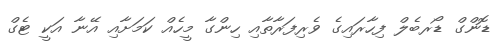
ޑޮންގް ޑޯރބެލް ފިހާރައިގެ ވެރިފަރާތާއި ހިންގާ މީހެއް ކަމަށާއި އޭނާ އަކީ ޓެގް